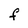
Character: f